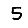
Digit: 5